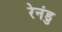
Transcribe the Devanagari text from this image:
रेनंडु